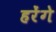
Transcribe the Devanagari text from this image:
हरेंगे